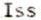
ISS